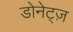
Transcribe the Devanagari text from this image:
डोनेट्ज़